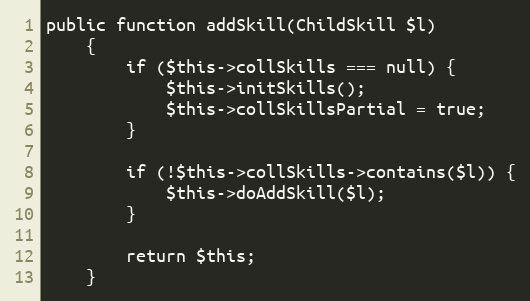
Language: PHP
public function addSkill(ChildSkill $l)
    {
        if ($this->collSkills === null) {
            $this->initSkills();
            $this->collSkillsPartial = true;
        }

        if (!$this->collSkills->contains($l)) {
            $this->doAddSkill($l);
        }

        return $this;
    }